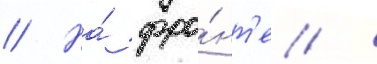
// На́ фро́нт'е /